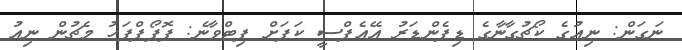
ނަގަން: ނިއުގެ ކޯޗުގާނާގެ ޑިފެންޑަރު އޭއެފްސީ ކަޕަށް ފިޓްވާނެ: ޕޮޕޯފްފަހު މެޗުން ނިއު